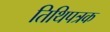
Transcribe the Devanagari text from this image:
तिथिपत्रक